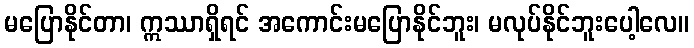
မပြောနိုင်တာ၊ ဣဿာရှိရင် အကောင်းမပြောနိုင်ဘူး၊ မလုပ်နိုင်ဘူးပေါ့လေ။